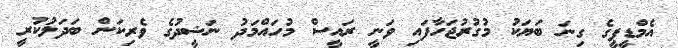
އެމްޑީޕީގެ ގިނަ ބަޔަކު މުގުރުޖަހާފައި ވަނީ ރައީސް މުހައްމަދު ނަޝީދުގެ ވެރިކަން ބަދަލުކުރީ